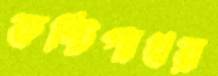
কষ্টিপাথর